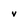
Character: v